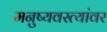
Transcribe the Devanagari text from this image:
मनुष्यवस्त्यांवर